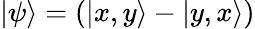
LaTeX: \left|\psi\right\rangle=(\left|x,y\right\rangle-\left|y,x\right\rangle)